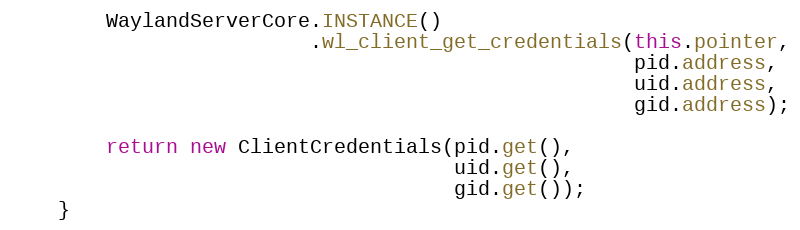
Language: Java
        WaylandServerCore.INSTANCE()
                         .wl_client_get_credentials(this.pointer,
                                                    pid.address,
                                                    uid.address,
                                                    gid.address);

        return new ClientCredentials(pid.get(),
                                     uid.get(),
                                     gid.get());
    }